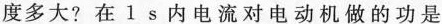
度多大?在 1 s 内电流对电动机做的功是